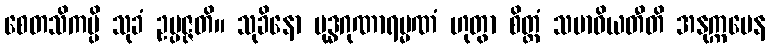
စေတသိကမ္ပိ သုခံ ဥပ္ပဇ္ဇတိ။ သုခိနော ဗုဒ္ဓဂုဏာရမ္မဏံ ဟုတွာ စိတ္တံ သမာဓိယတီတိ အနုက္ကမေန